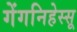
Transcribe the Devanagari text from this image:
गेंगनिहेस्सू